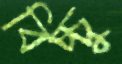
বিচ্চু